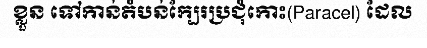
ខ្លួន ទៅកាន់តំបន់ក្បែរប្រជុំកោះ(Paracel) ដែល